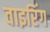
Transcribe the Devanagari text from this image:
वाइरिंग